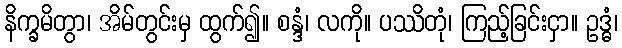
နိက္ခမိတွာ၊ အိမ်တွင်းမှ ထွက်၍။ စန္ဒံ၊ လကို။ ပဿိတုံ၊ ကြည့်ခြင်းငှာ။ ဥဒ္ဓံ၊